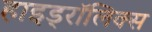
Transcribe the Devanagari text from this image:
हाइड्रॉलिक्स